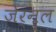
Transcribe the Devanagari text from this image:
जेर्नल